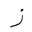
Letter: _zay